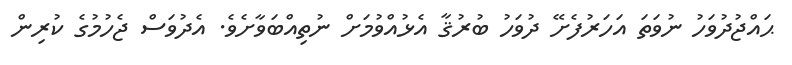
ޙައްޖުދުވަހު ނުވަތަ އަހަރުފެށޭ ދުވަހު ބުރުޤާ އެޅުއްވުމަށް ނުތިއްބަވާށެވެ. އެދުވަސް ޖެހުމުގެ ކުރިން